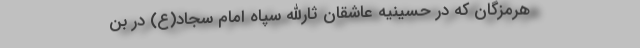
‌هرمزگان که در حسینیه‌ عاشقان ‌ثارالله ‌سپاه ‌امام ‌سجاد(ع) در بن